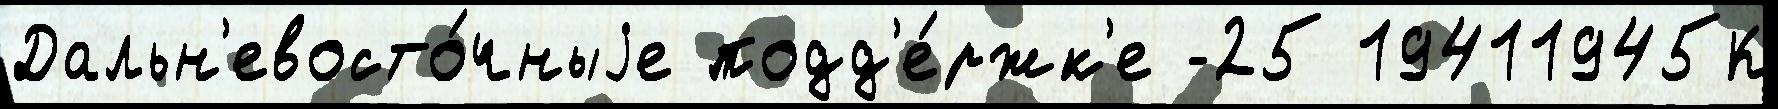
Дальн'евосто́чныjе подд'е́ржк'е -25 19411945К